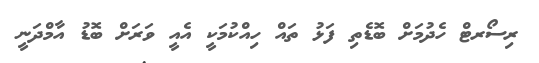
ރިސޯރޓް ހެދުމަށް ބޮޑެތި ފަޅު ތައް ހިއްކުމަކީ އެއީ ވަރަށް ބޮޑު އާމްދަނީ